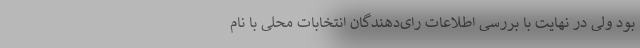
بود ولی در نهایت با بررسی اطلاعات رای‌دهندگان انتخابات محلی با نام